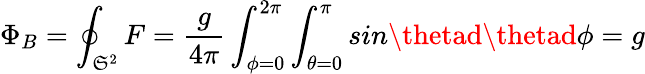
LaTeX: \Phi_{B}=\oint_{\mathfrak{S}^{2}}F=\frac{{g}}{{4\pi}}\int_{\phi=0}^{2\pi}\int_{\theta=0}^{\pi}sin\thetad\thetad\phi=g